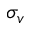
\sigma _ { v }